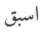
اسبق